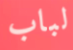
لباب